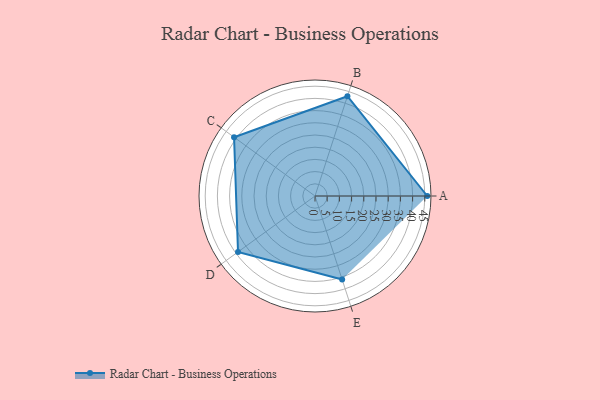
{"axis": {"x": "Skill", "y": "Score"}, "legend": ["Profile"], "data": [{"x": "A", "y": 46.0, "type": "Profile"}, {"x": "B", "y": 43.0, "type": "Profile"}, {"x": "C", "y": 41.0, "type": "Profile"}, {"x": "D", "y": 39.0, "type": "Profile"}, {"x": "E", "y": 36.0, "type": "Profile"}]}